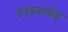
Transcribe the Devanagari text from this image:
शंखकर्णक